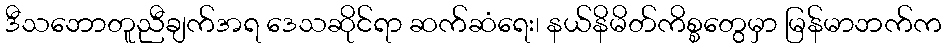
ဒီသဘောတူညီချက်အရ ဒေသဆိုင်ရာ ဆက်ဆံရေး၊ နယ်နိမိတ်ကိစ္စတွေမှာ မြန်မာဘက်က